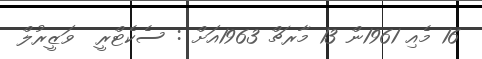
16 މެއި 1961ން 13 މާރޗް 1963އަށް : ސެކެޓްރީ  ވަޒީރުލް